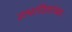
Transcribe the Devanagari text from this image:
उत्पादितांच्या